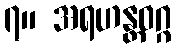
၇။ အရဟန္တဝဂ္ဂ